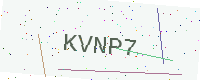
Text: KVNP7